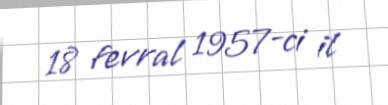
18 fevral 1957-ci il